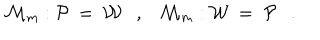
{ \cal M } _ { m } : { \cal P } ~ = ~ { \cal W } , { \cal M } _ { m } : { \cal W } ~ = ~ { \cal P } .